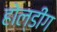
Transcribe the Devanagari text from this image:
होल्डींग